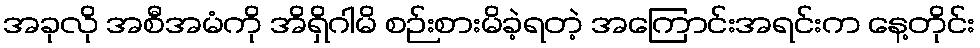
အခုလို အစီအမံကို အိရှိဂါမိ စဉ်းစားမိခဲ့ရတဲ့ အကြောင်းအရင်းက နေ့တိုင်း